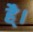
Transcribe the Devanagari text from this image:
है्।